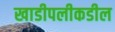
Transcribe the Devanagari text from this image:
खाडीपलीकडील